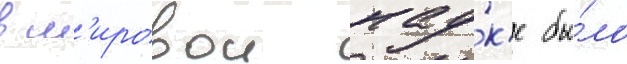
в м'ировои нау́к'е бы́ло